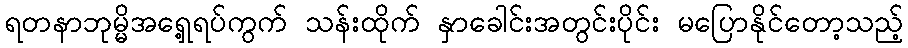
ရတနာဘုမ္မိအရှေ့ရပ်ကွက် သန်းထိုက် နှာခေါင်းအတွင်းပိုင်း မပြောနိုင်တော့သည့်